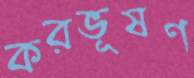
করভূষণ